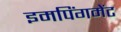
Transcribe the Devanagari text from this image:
इमपिंगमेंट